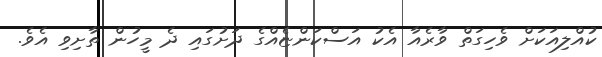
ކުއްލިއަކަށް ވެހިގަތް ވާރެއާ އެކު އަސްކަންޏެއްގެ ދަށުގައި ދެ މީހުން ތާށިވި އެވެ.